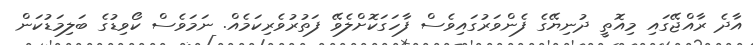
އާދެ ރާއްޖޭގައި މިއޮތީ ދުނިޔޭގެ ފެންވަރުގައިވެސް ފާހަގަކޮށްލެވޭ ފަތުރުވެރިކަމެއް. ނަމަވެސް ކޯވިޑުގެ ބަލިމަޑުކަން